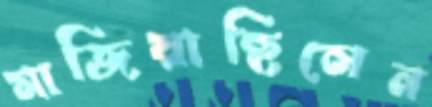
মাজিয়াছিলেন